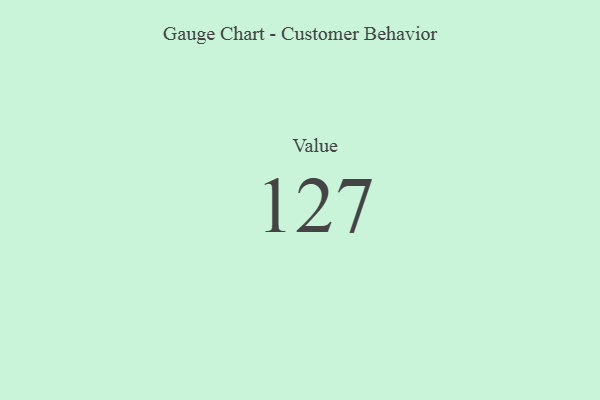
{"axis": {"x": "Metric", "y": "Value"}, "legend": [""], "data": [{"x": "Value", "y": 127, "type": ""}]}